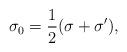
LaTeX: \begin{align*}\sigma_0=\frac12(\sigma+\sigma'),\end{align*}